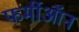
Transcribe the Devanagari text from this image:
फर्मीऑन